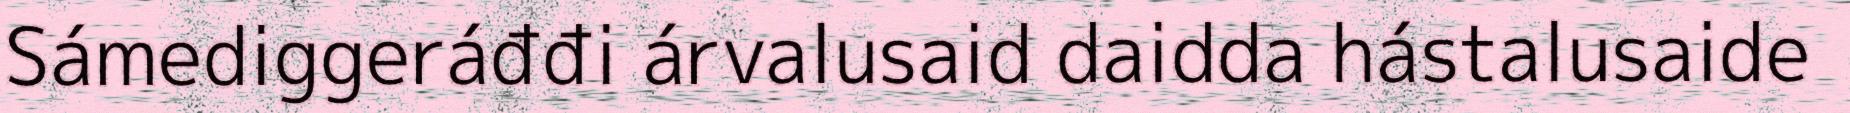
Sámediggeráđđi árvalusaid daidda hástalusaide